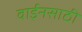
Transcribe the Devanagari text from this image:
वाईनसाठी